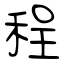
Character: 程